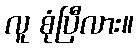
လူ စုံပြီလား။